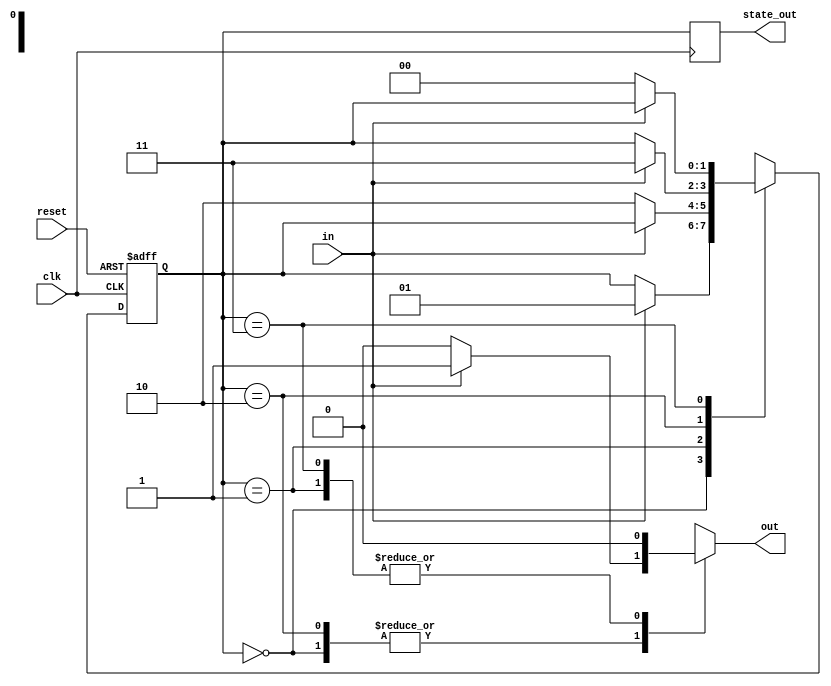
module MealyStateMachine #(
    parameter N = 2,          // Number of bits for state representation
    parameter M = 1           // Number of bits for input signals
)(
    input wire clk,           // Clock signal
    input wire reset,         // Asynchronous reset
    input wire [M-1:0] in,    // Input signals
    output reg [N-1:0] state_out, // Current state output
    output reg out           // Output signal
);

// State encoding
localparam S0 = 2'b00; // State 0
localparam S1 = 2'b01; // State 1
localparam S2 = 2'b10; // State 2
localparam S3 = 2'b11; // State 3

// State register
reg [N-1:0] current_state, next_state;

// Combinatorial logic for output and next state
always @(*) begin
    // Default values
    next_state = current_state;
    out = 0;

    case (current_state)
        S0: begin
            if (in == 1'b1) begin
                next_state = S1;
                out = 1; // Output based on state and input
            end
        end
        S1: begin
            if (in == 1'b0) begin
                next_state = S2;
                out = 0; // Output based on state and input
            end
        end
        S2: begin
            if (in == 1'b1) begin
                next_state = S3;
                out = 1; // Output based on state and input
            end
        end
        S3: begin
            if (in == 1'b0) begin
                next_state = S0;
                out = 0; // Output based on state and input
            end
        end
        default: begin
            next_state = S0; // Default to state 0
        end
    endcase
end

// Sequential logic for state register
always @(posedge clk or posedge reset) begin
    if (reset) begin
        current_state <= S0; // Reset to initial state
    end else begin
        current_state <= next_state; // Update state
    end
end

// Output the current state
always @(posedge clk) begin
    state_out <= current_state;
end

endmodule